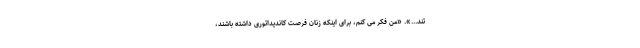
تند...». «من فکر می کنم، برای اینکه زنان فرصت کاندیداتوری داشته باشند،